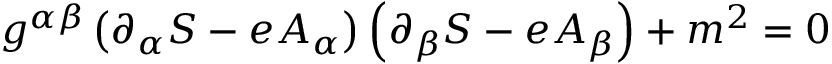
g ^ { \alpha \beta } \left( \partial _ { \alpha } S - e A _ { \alpha } \right) \left( \partial _ { \beta } S - e A _ { \beta } \right) + m ^ { 2 } = 0